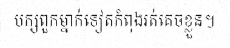
បក្សពួកម្នាក់ទៀតកំពុងរត់គេចខ្លួន។